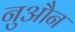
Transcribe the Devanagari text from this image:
नुऔन